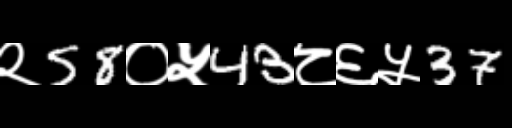
Text: २58०५43८६५37